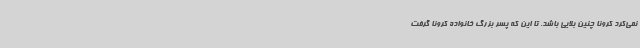
نمی‌کرد کرونا چنین بلایی باشد. تا این که پسر بزرگ خانواده کرونا گرفت